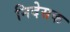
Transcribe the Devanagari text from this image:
निदेसक